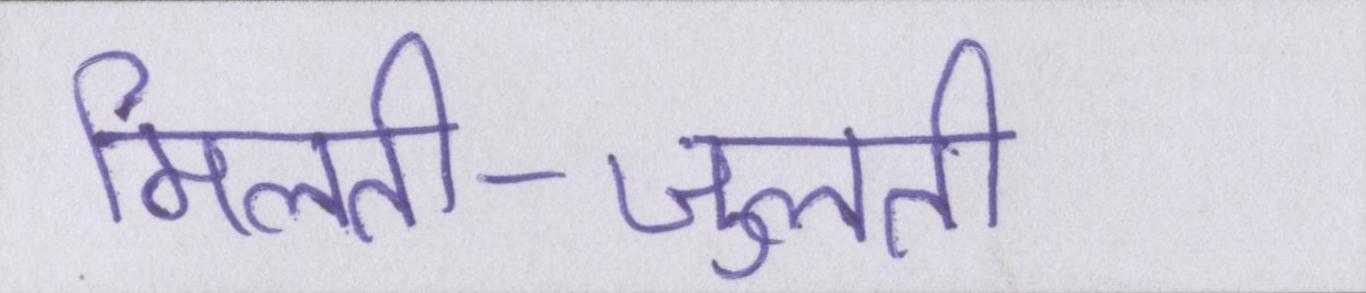
मिलती-जुलती